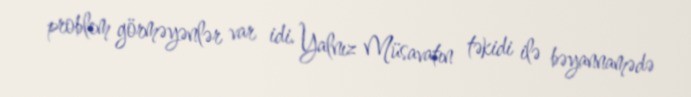
problem görməyənlər var idi. Yalnız Müsavatın təkidi ilə bəyannamədə